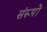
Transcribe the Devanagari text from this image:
संरूपों